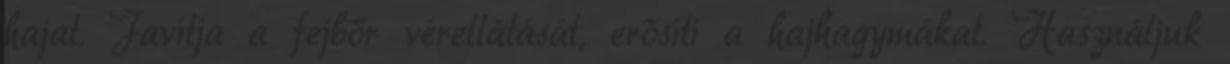
hajat. Javítja a fejbőr vérellátását, erősíti a hajhagymákat. Használjuk